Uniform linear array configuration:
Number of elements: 32
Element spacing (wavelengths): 0.25
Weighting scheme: binomial
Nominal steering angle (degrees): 0
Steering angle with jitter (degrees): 0.1616
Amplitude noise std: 0.05
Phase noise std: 0.05

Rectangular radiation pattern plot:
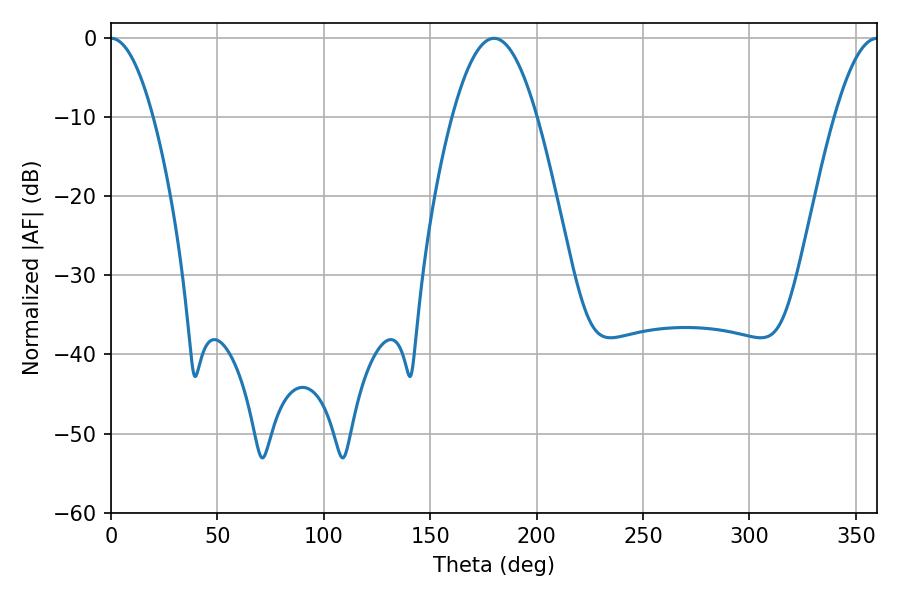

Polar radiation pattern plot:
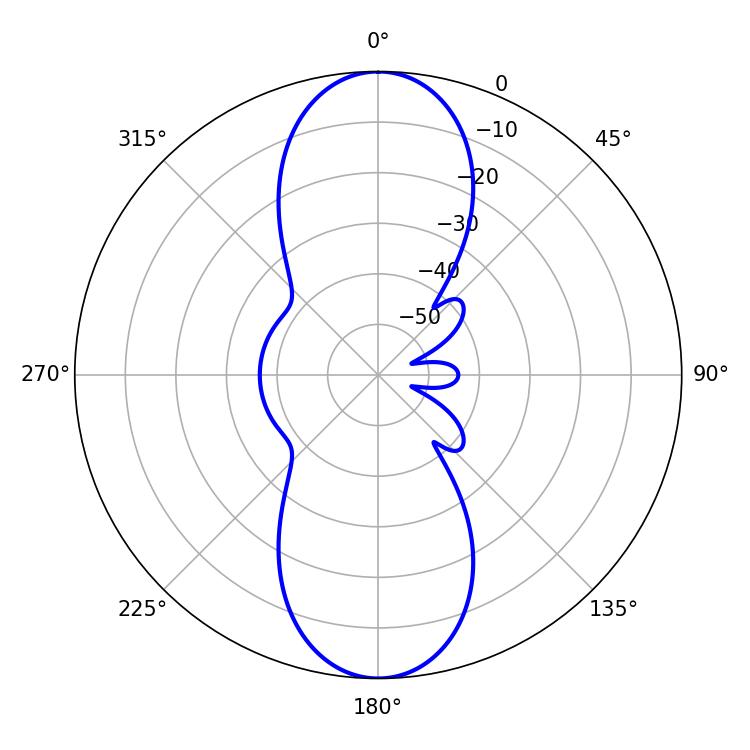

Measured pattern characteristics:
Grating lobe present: FALSE
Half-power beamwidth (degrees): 10.8
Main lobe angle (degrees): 0